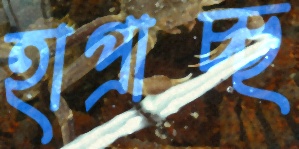
হাপ্‌রাচ্ছ